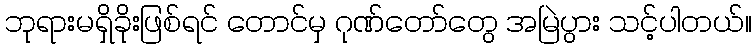
ဘုရားမရှိခိုးဖြစ်ရင် တောင်မှ ဂုဏ်တော်တွေ အမြဲပွား သင့်ပါတယ်။